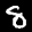
Label: 8